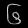
Digit: ၆